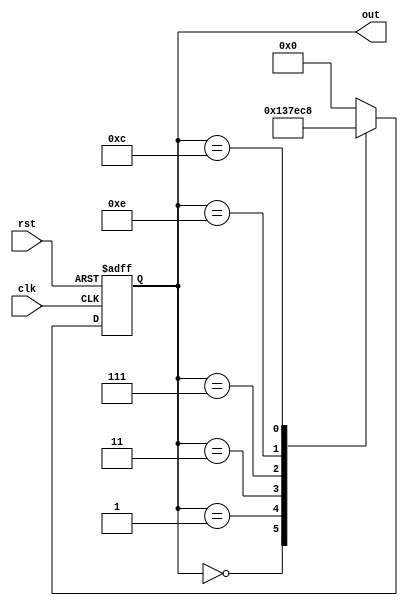
module johnson_counter(
    input clk,
    input rst,
    output reg [3:0] out
);

reg [3:0] next_out;

always @(posedge clk or posedge rst) begin
    if (rst) begin
        out <= 4'b0000;
    end else begin
        out <= next_out;
    end
end

always @(*) begin
    case(out)
        4'b0000: next_out = 4'b0001;
        4'b0001: next_out = 4'b0011;
        4'b0011: next_out = 4'b0111;
        4'b0111: next_out = 4'b1110;
        4'b1110: next_out = 4'b1100;
        4'b1100: next_out = 4'b1000;
        4'b1000: next_out = 4'b0000;
        default: next_out = 4'b0000;
    endcase
end

endmodule